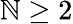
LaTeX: \mathbb{N}\geq2